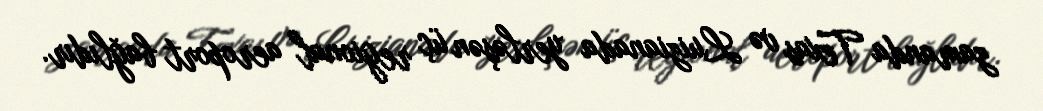
zamanda Texas və Luizianada yerləşən üç regional aeroport bağlıdır.